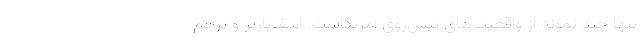
تنها چند نمونه از واقعیت‌های پیش‌روی آمریکاست. اسف‌بارتر و ‌ترحم‌